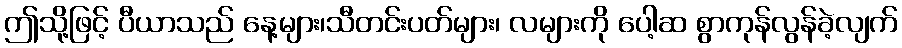
ဤသို့ဖြင့် ပီယာသည် နေ့များ၊သီတင်းပတ်များ၊ လများကို ပေါ့ဆ စွာကုန်လွန်ခဲ့လျက်